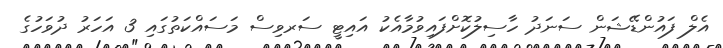
އެލް ފައުންޑޭޝަން ސަނަދު ހާސިލުކޮށްފައިވުމާއެކު އައިޓީ ސަރވިސް މަސައްކަތުގައި 3 އަހަރު ދުވަހުގެ